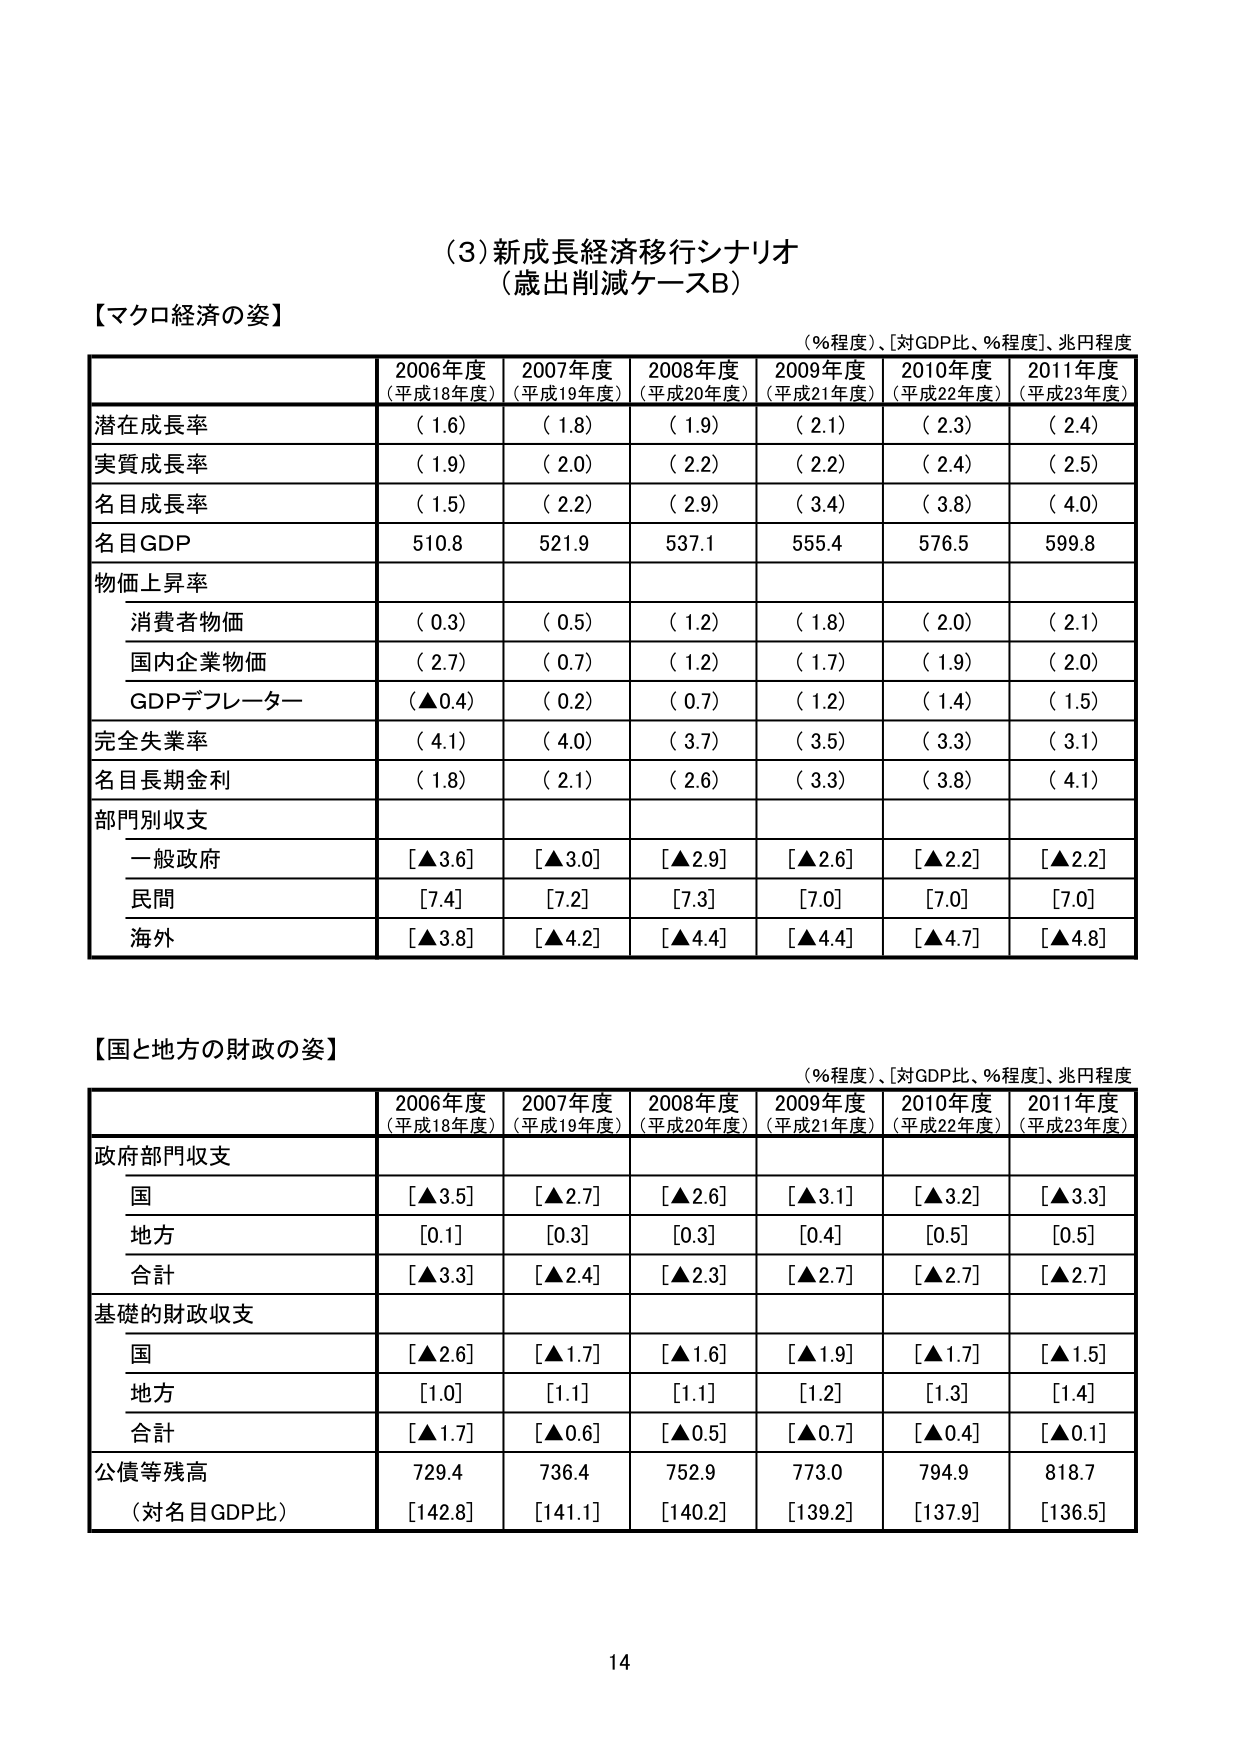
(3) 新成長経済移行シナリオ
（歳出削減ケースB）

【マクロ経済の姿】
（％程度）、［対GDP比、％程度］、兆円程度

| | 2006年度（平成18年度） | 2007年度（平成19年度） | 2008年度（平成20年度） | 2009年度（平成21年度） | 2010年度（平成22年度） | 2011年度（平成23年度） |
|---|---|---|---|---|---|---|
| 潜在成長率 | （1.6） | （1.8） | （1.9） | （2.1） | （2.3） | （2.4） |
| 実質成長率 | （1.9） | （2.0） | （2.2） | （2.2） | （2.4） | （2.5） |
| 名目成長率 | （1.5） | （2.2） | （2.9） | （3.4） | （3.8） | （4.0） |
| 名目GDP | 510.8 | 521.9 | 537.1 | 555.4 | 576.5 | 599.8 |
| 物価上昇率 | | | | | | |
|　消費者物価 | （0.3） | （0.5） | （1.2） | （1.8） | （2.0） | （2.1） |
|　国内企業物価 | （2.7） | （0.7） | （1.2） | （1.7） | （1.9） | （2.0） |
|　GDPデフレーター | （▲0.4） | （0.2） | （0.7） | （1.2） | （1.4） | （1.5） |
| 完全失業率 | （4.1） | （4.0） | （3.7） | （3.5） | （3.3） | （3.1） |
| 名目長期金利 | （1.8） | （2.1） | （2.6） | （3.3） | （3.8） | （4.1） |
| 部門別収支 | | | | | | |
|　一般政府 | [▲3.6] | [▲3.0] | [▲2.9] | [▲2.6] | [▲2.2] | [▲2.2] |
|　民間 | [7.4] | [7.2] | [7.3] | [7.0] | [7.0] | [7.0] |
|　海外 | [▲3.8] | [▲4.2] | [▲4.4] | [▲4.4] | [▲4.7] | [▲4.8] |

【国と地方の財政の姿】
（％程度）、［対GDP比、％程度］、兆円程度

| | 2006年度（平成18年度） | 2007年度（平成19年度） | 2008年度（平成20年度） | 2009年度（平成21年度） | 2010年度（平成22年度） | 2011年度（平成23年度） |
|---|---|---|---|---|---|---|
| 政府部門収支 | | | | | | |
|　国 | [▲3.5] | [▲2.7] | [▲2.6] | [▲3.1] | [▲3.2] | [▲3.3] |
|　地方 | [0.1] | [0.3] | [0.3] | [0.4] | [0.5] | [0.5] |
|　合計 | [▲3.3] | [▲2.4] | [▲2.3] | [▲2.7] | [▲2.7] | [▲2.7] |
| 基礎的財政収支 | | | | | | |
|　国 | [▲2.6] | [▲1.7] | [▲1.6] | [▲1.9] | [▲1.7] | [▲1.5] |
|　地方 | [1.0] | [1.1] | [1.1] | [1.2] | [1.3] | [1.4] |
|　合計 | [▲1.7] | [▲0.6] | [▲0.5] | [▲0.7] | [▲0.4] | [▲0.1] |
| 公債等残高 | 729.4 | 736.4 | 752.9 | 773.0 | 794.9 | 818.7 |
|　（対名目GDP比） | [142.8] | [141.1] | [140.2] | [139.2] | [137.9] | [136.5] |

14